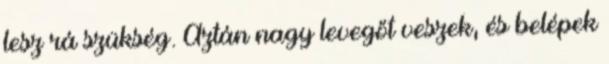
lesz rá szükség. Aztán nagy levegőt veszek, és belépek